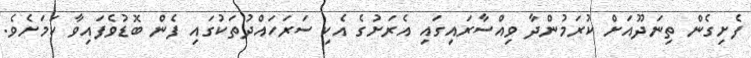
ފެށިގެން ތިނަދޫއަށް ކުރަމުންދާ ވިއްސާރައިގައި އެރަށުގެ އެކި ސަރަހައްދުތަކުގައި ފެން ބޮޑުވެފައިވާ ކަމަށެވެ.